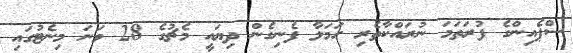
ސްޕެއިންގެ ފުރަތަމަ ނުރައްކާތެރި ހަމަލާ ފެނިގެން ދިޔައީ މެޗުގެ 28 ވަނަ މިނެޓުގައި